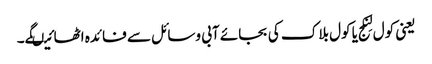
یعنی کول لِنکج یا کول بلاک کی بجائے آبی وسائل سے فائدہ اٹھائیںگے۔